King Institute of Preventive Medicine Micro-Biological Section reports 1912-19
Year: 1912
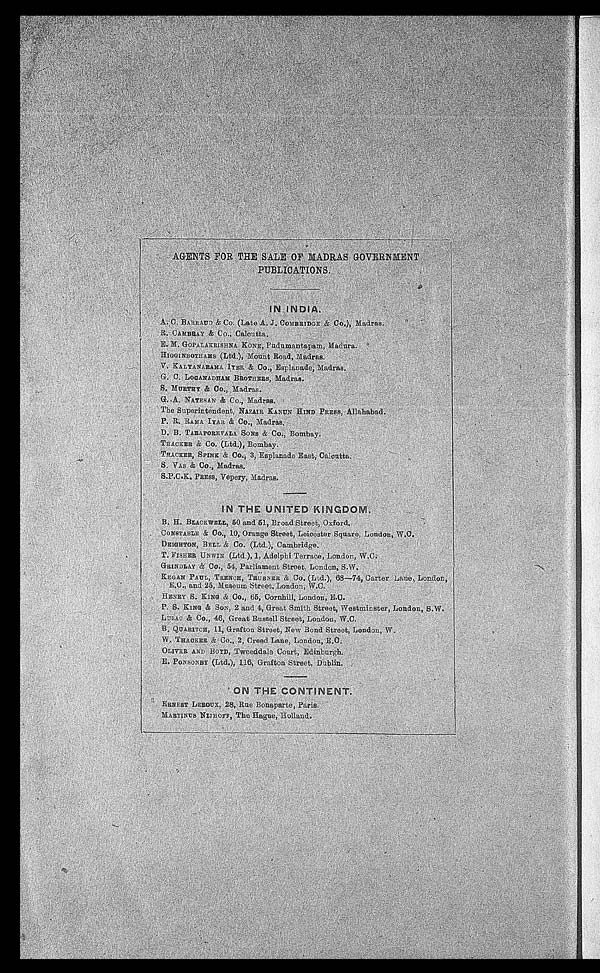
AGENTS FOR THE SALE OF MADRAS GOBVERNMENT
PUBLICATIONS. IN INDIA.
A. C. BARRAUD & Co. (Late A.J. COMBRIDGE & Co.), Madras.
R. CAMBRAY & Co., Calcutta.
E.M. GOPALAKRISHNA KONE, Pudumantapam, Madura.
HIGGINBOTHAMS (Ltd.), Mount Road, Madras.
V. KALYANARAMA IYER & Co., Esplanade, Madras.
G. C. LOGANADHAM BROTHERS, Madras.
S. MURTHY & Co., Madras.
G.A. NATESAN & Co., Madras.
The Superintendent, NAZAIR KANUN HIND PRESS, ALLAHABAD.
P. R. RAMA IYAR & Co., Madras.
D. B. TARAPOREVALA SONS & Co., Bombay.
THACKER & Co. (Ltd.), Bombay.
THACKER, SPINK & Co., 3, Esplanade East, Calcutta.
S. VAS & Co., Madras.
S.P.C.K. PRESS, Vepery, Madras.
IN THE UNITED KINGDOM.
B. H. BLACKWELL, 50 and 51, Broad Street, Oxford.
CONSTABLE & Co., 10, Orange Street, Leicester Square, London, W.C.
DEIGHTON, BELL & Co. (Ltd.), 1, Adelphi Terrace, London, W.C.
T. FISHER UNWIN (Ltd.), 1, Adelphi Terrace, London, W.C.
GRINDLAY & Co., 54, Parliament Street, London, S.W.
KEGAN PAUL, TRENCH, TRUBNER & Co. (Lt d. ), 68-74, Cart er Lane, London, E. C. , and 25, Museum St reet , London, W. C.
HENRY S. KING & Co., 65, Cornhill, London, E.C.
P. S. KING & SON, 2 and 4, Great Smith Street, Westminster, London, S.W.
LAZAC & Co., 46, Great Russell Street, London, W.C.
B. QUARITCH, 11, Grafton Street, New Bond Street, London, W.
W. THACKER & Co., 2, Creed Lane, London, E.C.
OLIVER AND BOYD, Tweeddale Court, Edinburgh.
E. PONSONDY (Ltd.), 116, Grafton Street, Dublin.
ON THE CONTINENT.
ERNEST LEROUX, 28, Rue Bonaparte, Paris.
MARTINUS NIJHOFF, The Hague, Holland.